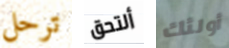
ترحل ألتحق أولئك